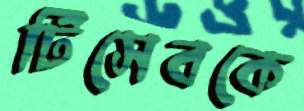
টিসেবকে